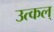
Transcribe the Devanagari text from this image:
उत्कल्